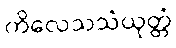
ကိလေသသံယုတ္တံ